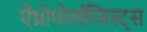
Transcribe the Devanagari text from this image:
ऐंथ्रोपोलॉजिस्ट्स